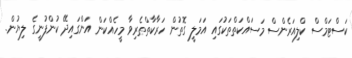
ކަސްޓަމްސް ކްލިއަރެންސް މަސައްކަތްތަކުގައި އަމަލީ ގޮތުން ހަރާކާތްތެރިވާ މީހެއްކަން އަންގައިދޭ ކުންފުނީގެ ލިޔުން.